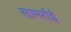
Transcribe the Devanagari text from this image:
सामर्राई